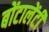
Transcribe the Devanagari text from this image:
बोंटालेंटी